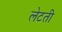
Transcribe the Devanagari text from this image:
लेटती